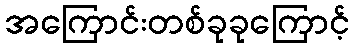
အကြောင်းတစ်ခုခုကြောင့်